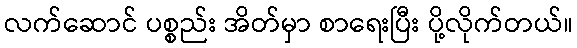
လက်ဆောင် ပစ္စည်း အိတ်မှာ စာရေးပြီး ပို့လိုက်တယ်။